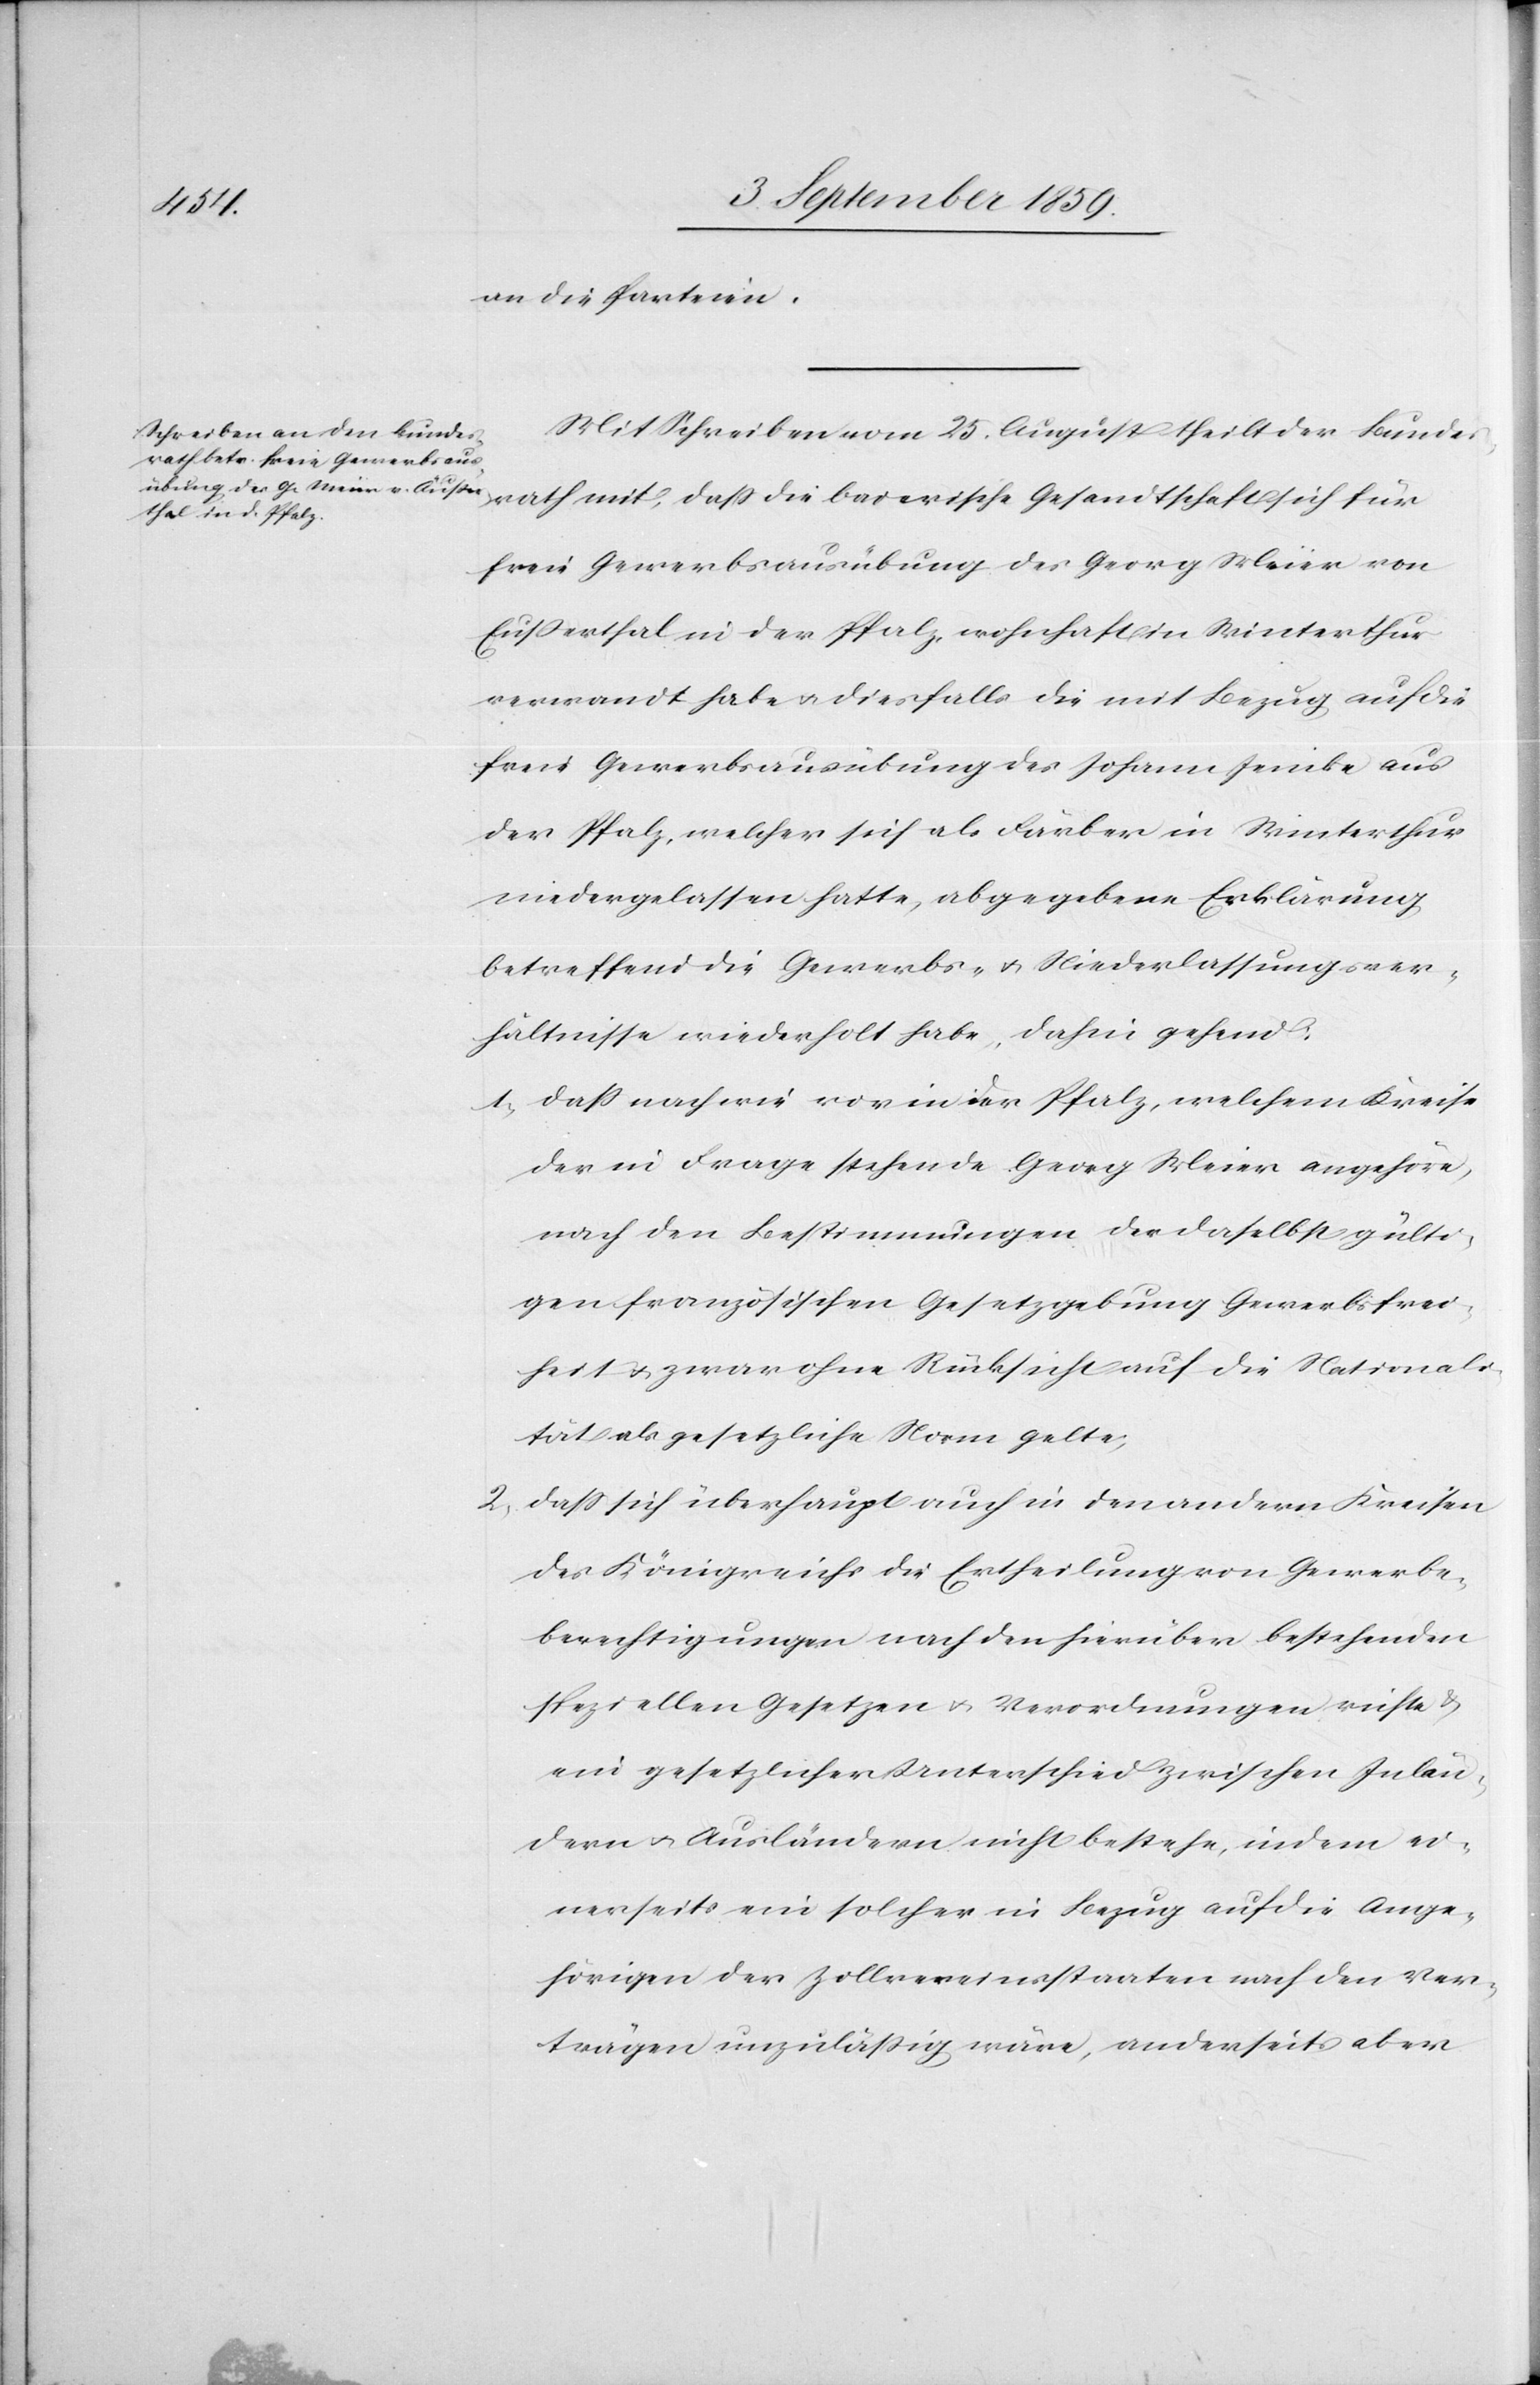
an die Parteien.
Mit Schreiben vom 25. August theilt der Bundes¬
rath mit, daß die baierische Gesandtschaft sich für
freie Gewerbsausübung des Georg Meier von
Eußerthal [sic!] in der Pfalz, wohnhaft in Winterthur
verwandt habe & diesfalls die mit Bezug auf die
freie Gewerbsausübung des Johann Jenicke aus
der Pfalz, welcher sich als Färber in Winterthur
niedergelassen hatte, abgegebene Erklärung
betreffend die Gewerbs- & Niederlassungsver¬
hältnisse wiederholt habe, dahin gehend:
1. Daß nach wie vor in der Pfalz, welchem Kreise
der in Frage stehende Georg Meier angehöre,
nach den Bestimmungen der daselbst gülti¬
gen französischen Gesetzgebung Gewerbsfrei¬
heit & zwar ohne Rücksicht auf die Nationali¬
tät als gesetzliche Norm gelte,
2. Daß sich überhaupt auch in den andern Kreisen
des Königreichs die Ertheilung von Gewerbe¬
berechtigungen nach den hierüber bestehenden
speziellen Gesetzen & Verordnungen richte &
ein gesetzlicher Unterschied zwischen Inlän¬
dern & Ausländern nicht bestehe, indem ei¬
nerseits ein solcher in Bezug auf die Ange¬
hörigen der Zollvereinsstaaten nach den Ver¬
trägen unzuläßig wäre, anderseits aber